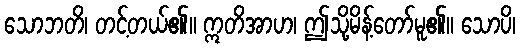
သောဘတိ၊ တင့်တယ်၏။ ဣတိအာဟ၊ ဤသို့မိန့်တော်မူ၏။ သောပိ၊